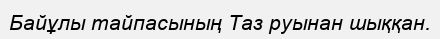
Байұлы тайпасының Таз руынан шыққан.